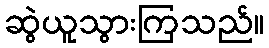
ဆွဲယူသွားကြသည်။